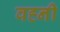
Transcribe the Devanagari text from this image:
वह्नी